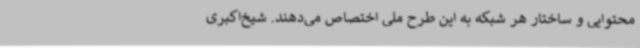
محتوایی و ساختار هر شبکه به این طرح ملی اختصاص می‌دهند. شیخ‌اکبری